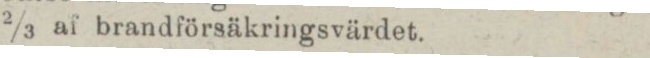
2/3 af brandförsäkringsvärdet.